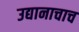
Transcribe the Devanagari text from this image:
उद्यानाचाच